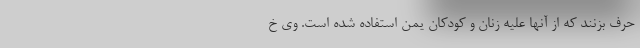
حرف بزنند که از آنها علیه زنان و کودکان یمن استفاده شده است. وی خ